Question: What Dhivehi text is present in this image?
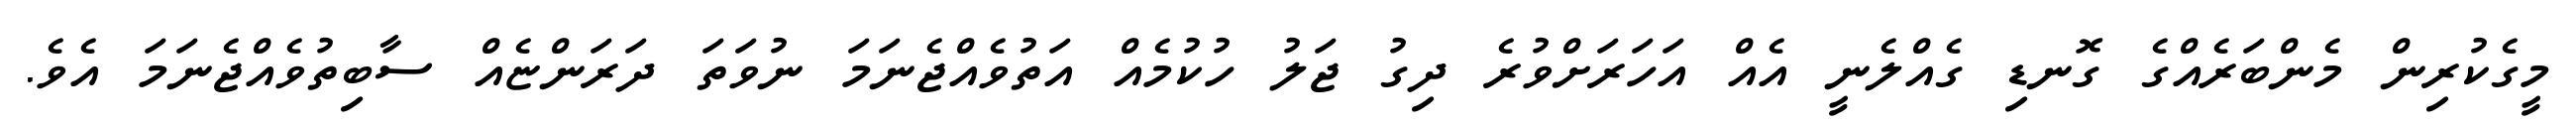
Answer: މީގެކުރިން މެންބަރެއްގެ ގޮނޑި ގެއްލެނީ އެއް އަހަރަށްވުރެ ދިގު ޖަލު ހުކުމެއް އަތުވެއްޖެނަމަ ނުވަތަ ދަރަންޏެއް ސާބިތުވެއްޖެނަމަ އެވެ.